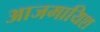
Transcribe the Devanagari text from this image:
आजमायिश